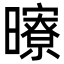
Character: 曢